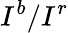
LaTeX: I^{b}/I^{r}